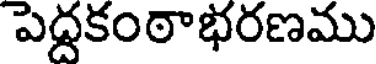
పెద్దకంఠాభరణము